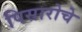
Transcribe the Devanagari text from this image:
पिसारोचे